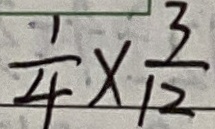
\frac { 1 } { 4 } \times \frac { 3 } { 1 2 }